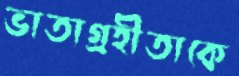
ভাতাগ্রহীতাকে